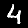
Digit: 4